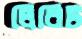
লিবিট